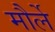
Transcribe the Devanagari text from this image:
मौर्ले